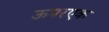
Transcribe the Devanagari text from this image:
ऊपरएक